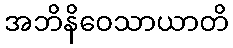
အဘိနိဝေသာယာတိ